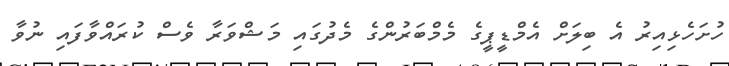
ހުށަހެޅިއިރު އެ ބިލަށް އެމްޑީޕީގެ މެމްބަރުންގެ މެދުގައި މަޝްވަރާ ވެސް ކުރައްވާފައި ނުވާ